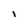
Character: I